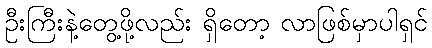
ဦးကြီးနဲ့တွေ့ဖို့လည်း ရှိတော့ လာဖြစ်မှာပါရှင်